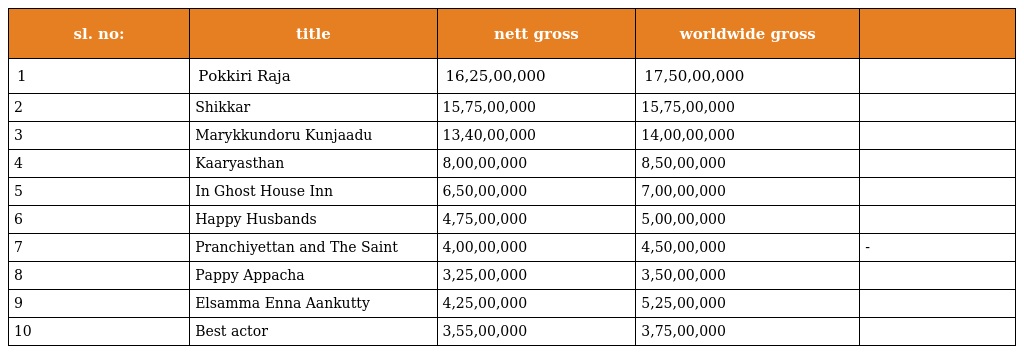
| sl. no: | title | nett gross | worldwide gross |  |
 | --- | --- | --- | --- | --- |
 | 1 | Pokkiri Raja | 16,25,00,000 | 17,50,00,000 |  |
 | 2 | Shikkar | 15,75,00,000 | 15,75,00,000 |  |
 | 3 | Marykkundoru Kunjaadu | 13,40,00,000 | 14,00,00,000 |  |
 | 4 | Kaaryasthan | 8,00,00,000 | 8,50,00,000 |  |
 | 5 | In Ghost House Inn | 6,50,00,000 | 7,00,00,000 |  |
 | 6 | Happy Husbands | 4,75,00,000 | 5,00,00,000 |  |
 | 7 | Pranchiyettan and The Saint | 4,00,00,000 | 4,50,00,000 | - |
 | 8 | Pappy Appacha | 3,25,00,000 | 3,50,00,000 |  |
 | 9 | Elsamma Enna Aankutty | 4,25,00,000 | 5,25,00,000 |  |
 | 10 | Best actor | 3,55,00,000 | 3,75,00,000 |  |